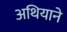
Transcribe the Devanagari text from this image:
अथियाने